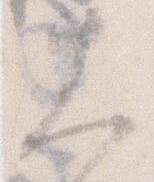
大